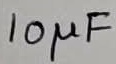
Text: 10µF